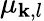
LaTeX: \mu_{\mathbf{k},l}